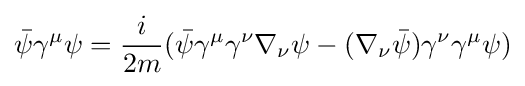
{\bar {\psi }}\gamma ^{\mu }\psi ={\frac {i}{2m}}({\bar {\psi }}\gamma ^{\mu }\gamma ^{\nu }\nabla _{\nu }\psi -(\nabla _{\nu }{\bar {\psi }})\gamma ^{\nu }\gamma ^{\mu }\psi )